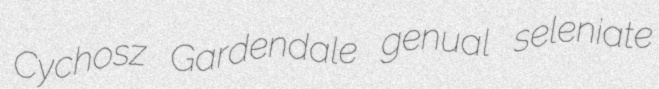
Cychosz Gardendale genual seleniate